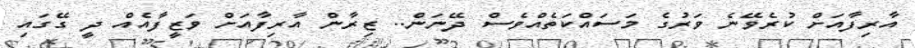
އާރިފާއަށް ކުރެވޭނެ ވަރުގެ މަސައްކަތެއްވެސް ދޭނަން.. ޒިރާން އާރިފާއަށް ވަޒީފާއެއް ދީ ގޭގައި